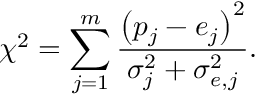
\chi ^ { 2 } = \sum _ { j = 1 } ^ { m } \frac { \left( p _ { j } - e _ { j } \right) ^ { 2 } } { \sigma _ { j } ^ { 2 } + \sigma _ { e , j } ^ { 2 } } .